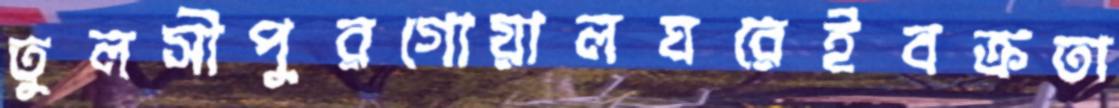
তুলসীপুরগোয়ালঘরেইবক্রতা